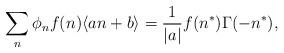
LaTeX: \begin{align*}\sum_{n} \phi_{n} f(n) \langle an + b \rangle = \frac{1}{|a|} f(n^{*}) \Gamma(-n^{*}),\end{align*}